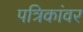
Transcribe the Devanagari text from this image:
पत्रिकांवर